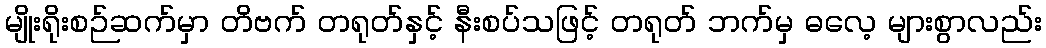
မျိုးရိုးစဉ်ဆက်မှာ တိဗက် တရုတ်နှင့် နီးစပ်သဖြင့် တရုတ် ဘက်မှ ဓလေ့ များစွာလည်း